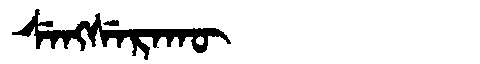
Manchu: ᠰᡝᠩᠰᡝᡵᠠᡴᡡ
Romanization: SENGSERAKŪ